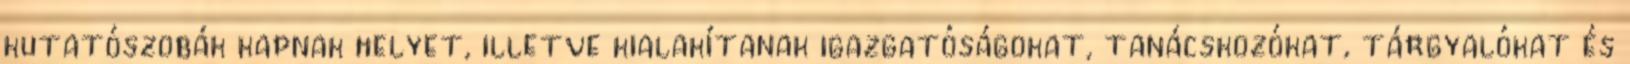
kutatószobák kapnak helyet, illetve kialakítanak igazgatóságokat, tanácskozókat, tárgyalókat és